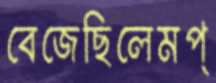
বেজেছিলেমপ্